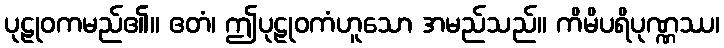
ပုဠုဝကမည်၏။ ဧတံ၊ ဤပုဠုဝကံဟူသော အမည်သည်။ ကိမိပရိပုဏ္ဏဿ၊